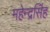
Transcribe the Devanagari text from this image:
महेन्द्रसिंह